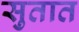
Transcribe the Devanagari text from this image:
सुतात